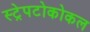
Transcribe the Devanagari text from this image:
स्ट्रेपटोकोकल